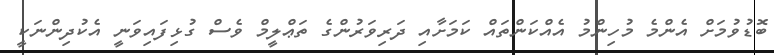
ބޮޑުވުމަށް އެންމެ މުހިންމު އެއްކަންތައް ކަމަށާއި ދަރިވަރުންގެ ތަޢްލީމް ވެސް ގުޅިފައިވަނީ އެކުދިންނަކީ